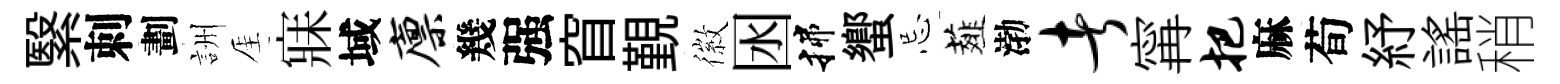
繄刺劃詶厓寐域廪幾强窅覲徽囦揲蠁忌薤渤者𡩋把麻荀紓謡稍